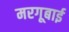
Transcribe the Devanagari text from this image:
मरगूबाई